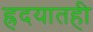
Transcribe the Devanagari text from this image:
ह्रदयातही